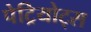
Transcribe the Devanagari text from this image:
पेट्रियोट्स